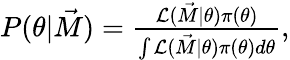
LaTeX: \begin{array}{r}{P(\theta|\vec{M})=\frac{\mathcal{L}(\vec{M}|\theta)\pi(\theta)}{\int\mathcal{L}(\vec{M}|\theta)\pi(\theta)d\theta},}\end{array}